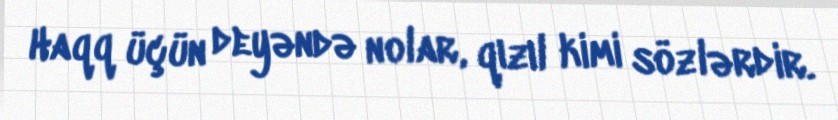
Haqq üçün deyəndə nolar, qızıl kimi sözlərdir.